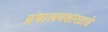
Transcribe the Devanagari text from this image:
ग्रंथालयशास्त्राचे